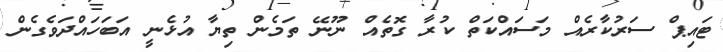
ޓައިޕް ސަރުކާރެއް މަސައްކަތް ކުރާ ގޮތެއް ނޫނޭ ތަމެން ތިޔާ އުޅެނީ އަބަހައްދަވެގެން